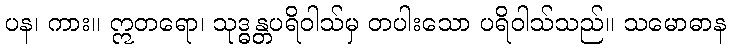
ပန၊ ကား။ ဣတရော၊ သုဒ္ဓန္တပရိဝါသ်မှ တပါးသော ပရိဝါသ်သည်။ သမောဓာန